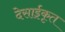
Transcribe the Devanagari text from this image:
देसाईकृत